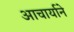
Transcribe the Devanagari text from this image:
आचार्याने